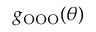
g _ { \mathrm { { O O O } } } ( \theta )